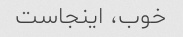
خوب، اینجاست